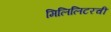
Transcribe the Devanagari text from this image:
मिलिलिटरची